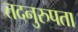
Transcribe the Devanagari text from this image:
तदनुरुपता